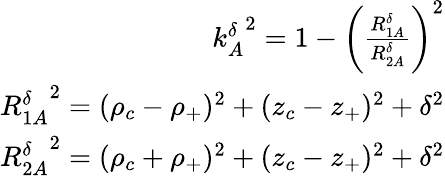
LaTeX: \begin{array}{r}{{k_{A}^{\delta}}^{2}=1-\bigg(\frac{R_{1A}^{\delta}}{R_{2A}^{\delta}}\bigg)^{2}}\\ {{R_{1A}^{\delta}}^{2}=(\rho_{c}-\rho_{+})^{2}+(z_{c}-z_{+})^{2}+\delta^{2}}\\ {{R_{2A}^{\delta}}^{2}=(\rho_{c}+\rho_{+})^{2}+(z_{c}-z_{+})^{2}+\delta^{2}}\end{array}